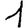
Digit: 1